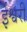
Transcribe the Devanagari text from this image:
ईश्वरीं